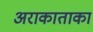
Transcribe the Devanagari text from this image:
अराकाताका